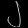
Digit: ၂